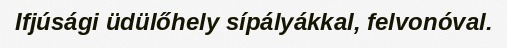
Ifjúsági üdülőhely sípályákkal, felvonóval.